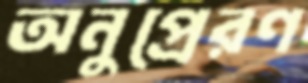
অনুপ্রেরণ